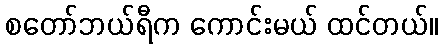
စတော်ဘယ်ရီက ကောင်းမယ် ထင်တယ်။